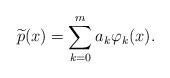
LaTeX: \begin{align*} \widetilde{p}(x)=\sum_{k=0}^m a_k \varphi_k(x).\end{align*}